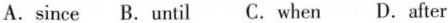
A.since B. Until C. when D.After